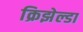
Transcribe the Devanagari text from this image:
क्रिझेल्डा